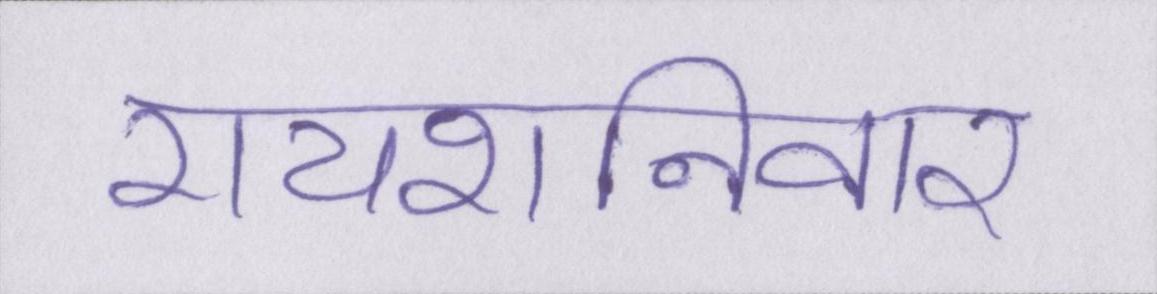
रायशनिवार